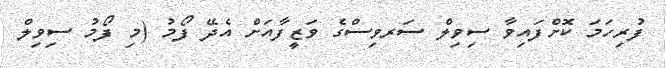
ފުރިހަމަ ކޮށްފައިވާ ސިވިލް ސަރވިސްގެ ވަޒީފާއަށް އެދޭ ފޯމު (މި ފޯމު ސިވިލް